Annual administration report of the Civil Veterinary Department of India - 1897-1898
Year: 1897
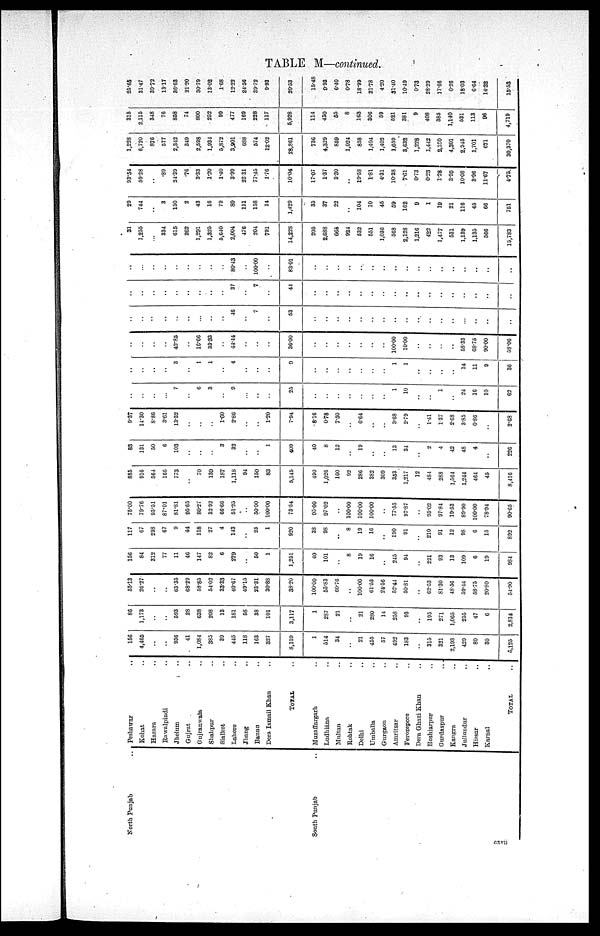
TABLE M.—con
North Punjab
South Punjab
Peshawar ..
Kohat ..
Hazara ..
Rawalpindi ..
Jhelum ..
Gujrat ..
Gujranwala ..
Shahpur ..
Sialkot ..
Lahore
Jhang ..
Bannu ..
Dera Ismail Khan ..
TOTAL ..
Muzaffargarh ..
Ludhiana ..
Multan ..
Rohtak ..
Delhi
Umballa ..
Gurgaon ..
Amritsar ..
Ferozepore ..
Dera Ghazi Khan ..
Hoshiarpur ..
Gurdaspur ..
Kangra ..
Jullundur ..
Hissar ..
Karnal
..
TOTAL ..
156
4,465
..
..
936
41
1,084
385
39
445
118
163
327
8,159
1
514
34
..
21
455
57
492
183
..
315
321
2,193
429
80
30
5,125
86
1,173
..
..
593
28
638
208
13
181
58
38
101
3,117
1
287
21
..
21
28
14
258
93
..
195
271
1,065
255
47
6
2,814
55.13
26.27
..
..
63.35
68.29
58.85
54.02
33.33
40.67
49.15
23.31
30.88
38.20
100.00
55.83
60.76
..
100.00
61.53
24.56
52.44
50.81
..
62.53
81.30
48.56
59.44
58.75
20.80
54.90
156
84
312
77
11
46
147
82
6
279
..
50
1
1,251
40
101
..
8
19
16
..
245
94
..
221
93
13
109
6
19
984
117
67
298
67
9
44
118
27
4
143
..
25
1
920
38
98
..
8
19
16
..
190
91
..
210
91
12
98
6
15
892
75.00
79.76
95.51
87.01
81.81
95.65
80.27
32.92
66.66
51.25
..
50.00
100.00
73.54
95.00
97.02
..
100.00
100.00
100.00
..
77.55
97.87
..
95.02
97.84
19.53
89.90
100.00
78.94
90.65
885
916
564
166
773
..
70
130
187
1,118
94
150
83
5,145
490
1,026
160
92
286
382
309
353
1,217
12
484
288
1,564
1,244
464
45
8,416
83
131
50
6
103
..
..
..
3
32
..
..
1
409
40
8
12
..
19
..
..
13
34
..
2
4
42
48
4
..
226
9.37
14.30
8.86
3.61
13.32
..
..
..
1.60
2.86
..
..
1.20
7.94
8.16
0.78
7.50
..
6.64
..
..
3.68
2.79
..
1.41
1.37
2.68
3.85
0.86
..
2.68
..
..
..
..
7
..
6
3
..
9
..
..
..
25
..
..
..
..
..
..
..
1
10
..
..
1
..
24
16
10
62
..
..
..
..
3
..
1
1
..
4
..
..
..
9
..
..
..
..
..
..
..
1
1
..
..
..
..
14
11
9
36
..
..
..
..
42.85
..
16.66
33.33
..
44.44
..
..
..
36.00
..
..
..
..
..
..
..
100.00
10.00
..
..
....
..
58.33
68.75
90.00
58.06
..
..
..
..
..
..
..
..
..
46
..
7
..
53
..
..
..
..
..
..
..
..
..
..
..
..
..
..
..
..
..
..
..
..
..
..
..
..
..
37
7
..
44
..
..
..
..
..
..
..
..
....
..
..
..
..
..
..
..
..
..
..
..
..
..
..
..
..
..
80.43
100.00
..
83.01
..
..
..
..
..
..
..
..
..
..
..
..
..
..
..
..
..
31
1,255
..
334
615
262
1,291
1,325
5,640
2,004
476
204
791
14,228
205
2,688
665
924
532
551
1,036
568
2,128
1,216
422
1,477
531
1,139
1,135
566
15,783
29
744
..
3
150
2
43
16
79
80
111
158
14
1,429
35
37
22
..
104
10
45
59
162
9
1
19
21
116
45
66
751
93.54
59.28
..
.89
24.39
.76
3.33
1.20
1.40
3.99
23.31
77.45
1.76
10.04
17.07
1.37
3.30
..
19.58
1.81
4.31
10.38
7.61
0.73
0.23
1.28
3.95
10.08
3.96
11.67
4.75
1,228
6,720
876
577
2,342
349
2,598
1,934
5,872
3,901
688
574
12.02
28,861
736
4,329
859
1,024
858
1,404
1,402
1,659
3,632
1,228
14.12
2,180
4,301
2,945
1,701
671
30,370
315
2,115
348
76
858
74
800
252
99
477
169
228
117
5,928
114
430
55
8
163
306
59
521
381
9
408
385
1,140
531
113
96
4,719
25.65
31.47
39.72
13.17
36.63
21.20
30.79
13.02
1.68
12.22
24.56
39.72
9.93
20.53
15.48
9.93
6.40
0.78
18.99
21.78
4.20
31.40
10.49
0.73
28.29
17.66
0.26
18.03
6.64
14.32
15.53
cxvii